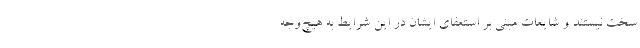
سخت نیستند و شایعات مبنی بر استعفای ایشان در این شرایط به هیچ‌وجه